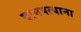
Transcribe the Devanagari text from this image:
दामपत्याना